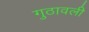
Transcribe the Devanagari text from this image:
गुठावली